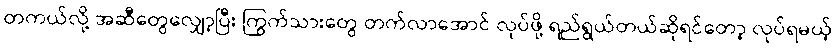
တကယ်လို့ အဆီတွေလျှော့ပြီး ကြွက်သားတွေ တက်လာအောင် လုပ်ဖို့ ရည်ရွယ်တယ်ဆိုရင်တော့ လုပ်ရမယ့်